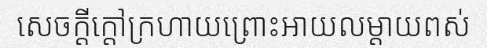
សេចក្តីក្តៅក្រហាយព្រោះអាយលម្តាយពស់